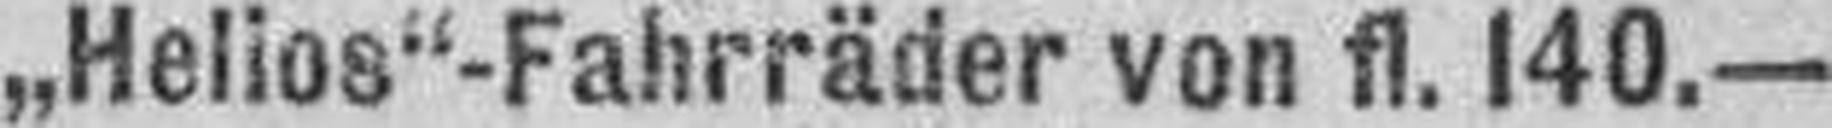
„Helios“-Fahrräder von fl. 140.—